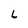
Character: L